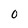
Character: 0